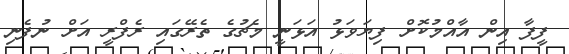
ފީފާ އިން އާއްމުކޮށް ފިޔަވަޅު އަޅަނީ މެޗުގެ ތެރޭގައި ރެފްރީ އަށް ނުފެނި